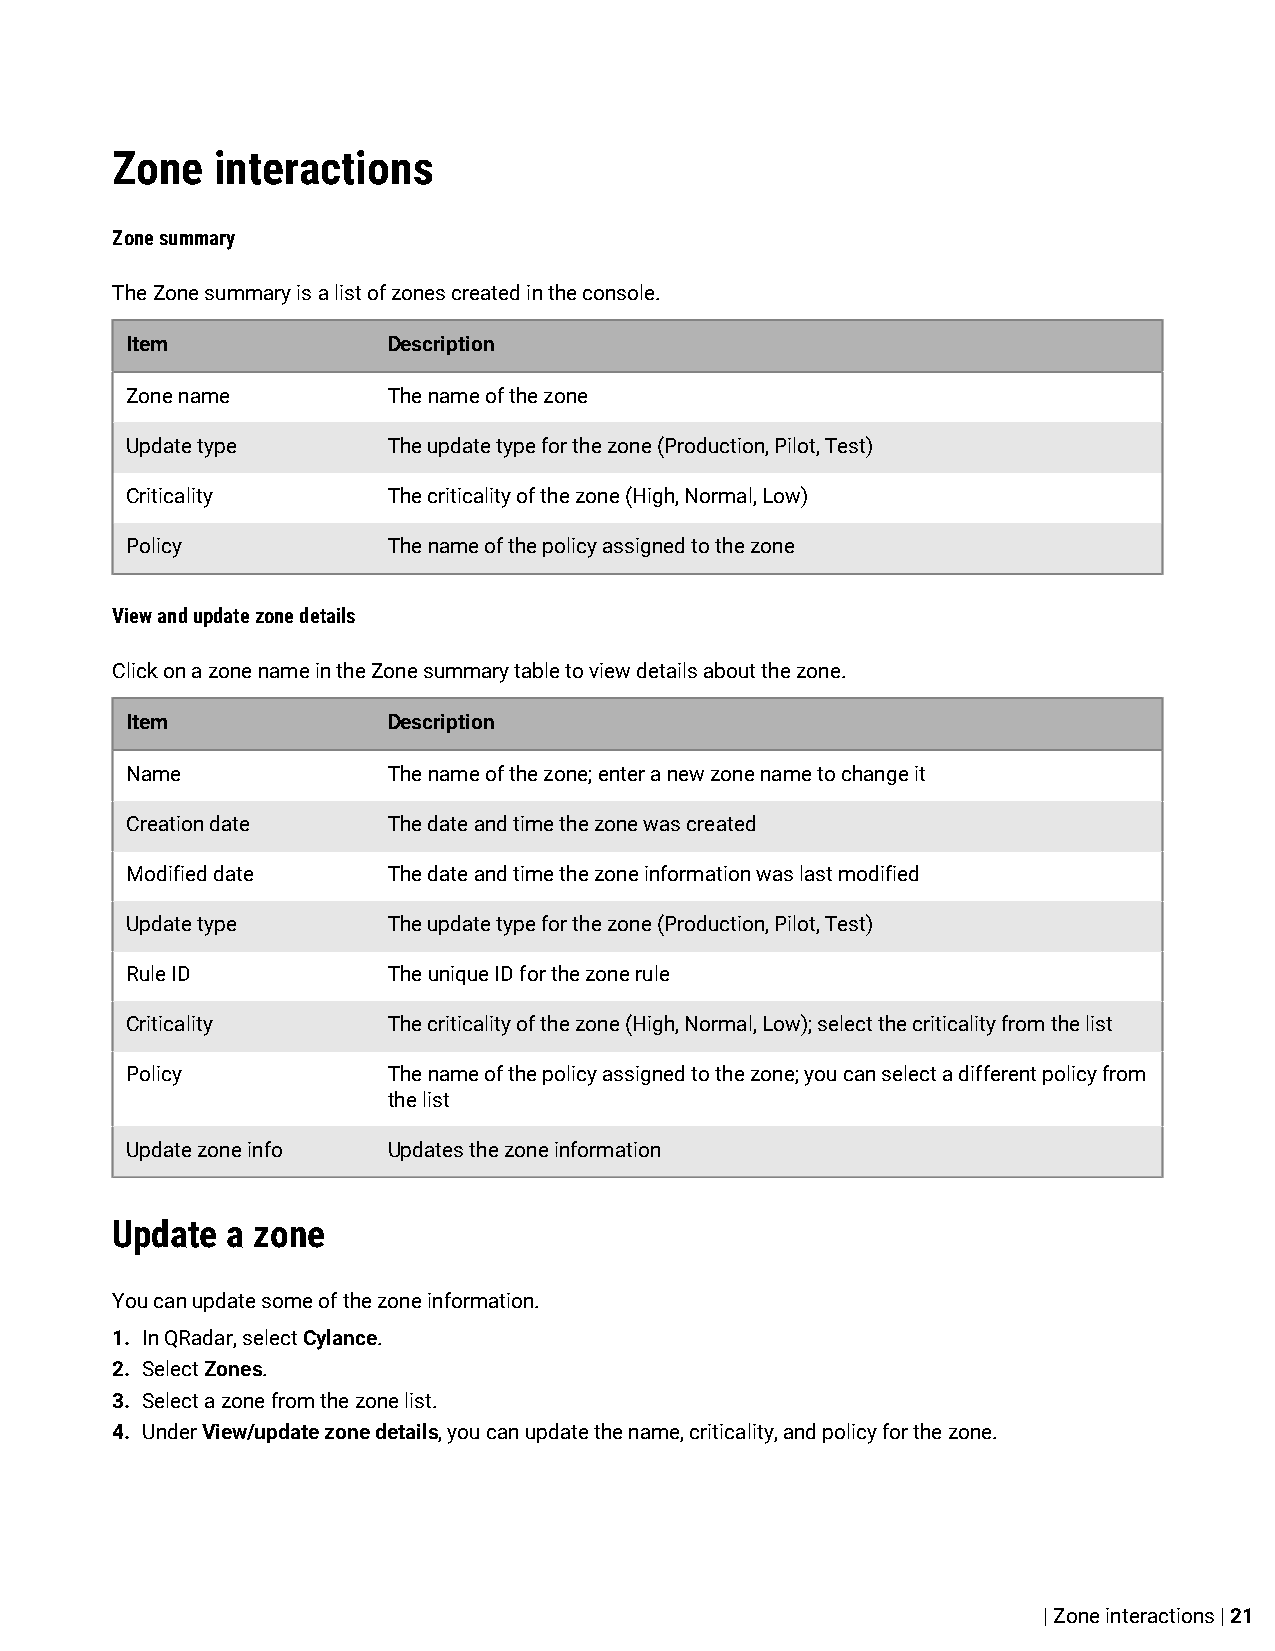
Zone   interactions
 Zone summary
 The Zone summary is a list of zones created in the console.
 Item              Description
 Zone name         The name of the zone
 Update type       The update type for the zone (Production, Pilot, Test)
 Criticality       The criticality of the zone (High, Normal, Low)
 Policy            The name of the policy assigned to the zone
 View and update zone details
 Click on a zone name in the Zone summary table to view details about the zone.
 Item              Description
 Name              The name of the zone; enter a new zone name to change it
 Creation date     The date and time the zone was created
 Modified date     The date and time the zone information was last modified
 Update type       The update type for the zone (Production, Pilot, Test)
 Rule ID           The unique ID for the zone rule
 Criticality       The criticality of the zone (High, Normal, Low); select the criticality from the list
 Policy            The name of the policy assigned to the zone; you can select a different policy from
 the list
 Update zone info  Updates the zone information
 Update  a zone
 You can update some of the zone information.
 1. In QRadar, select Cylance.
 2. Select Zones.
 3. Select a zone from the zone list.
 4. Under View/update zone details, you can update the name, criticality, and policy for the zone.
 | Zone interactions | 21